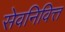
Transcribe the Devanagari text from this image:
सेवनिवित्त